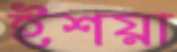
ইশয়া